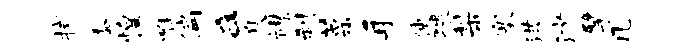
拭黍惶唯偏a息襟刹菜耳使猥梨塞洪沙擘几